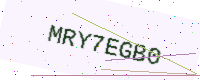
Text: MRY7EGB0